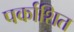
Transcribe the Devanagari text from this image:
पर्काशित